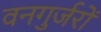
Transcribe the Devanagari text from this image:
वनगुर्जरों